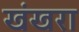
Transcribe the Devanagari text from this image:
खंखरा